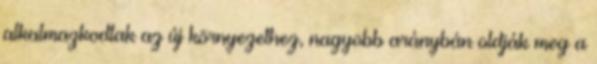
alkalmazkodtak az új környezethez, nagyobb aránybán oldják meg a